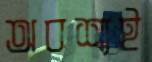
অবশ্যই